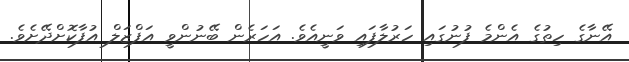
އޭނާގެ ހިތުގެ އެންމެ ފުނުގައި ހަރުލާފައި ވަނީއެވެ. އަހަރެން ބޭނުންވީ އަފްޒަލް އުފާކޮށްދޭށެވެ.